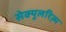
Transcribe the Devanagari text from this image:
सेक्यूलरिज़्म